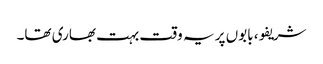
شریفو، بابوں پر یہ وقت بہت بھاری تھا۔